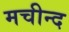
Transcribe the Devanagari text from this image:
मचीन्‍द